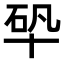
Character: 𠦦